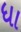
ધા